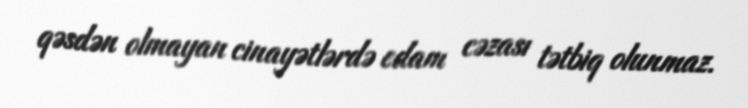
qəsdən olmayan cinayətlərdə edam cəzası tətbiq olunmaz.